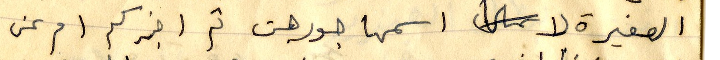
الصغيرة لا اسمها جورجت ثم اخبركم ام عن